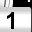
Digit: 1